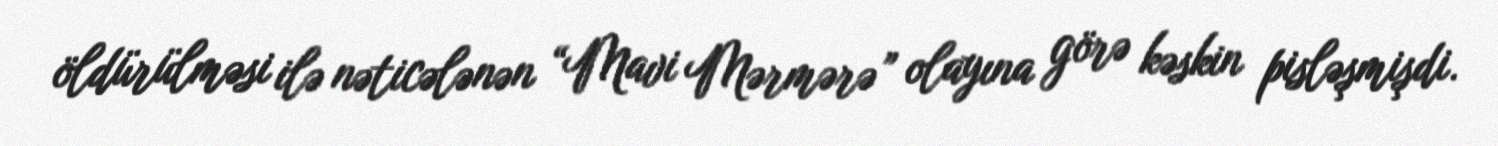
öldürülməsi ilə nəticələnən “Mavi Mərmərə” olayına görə kəskin pisləşmişdi.